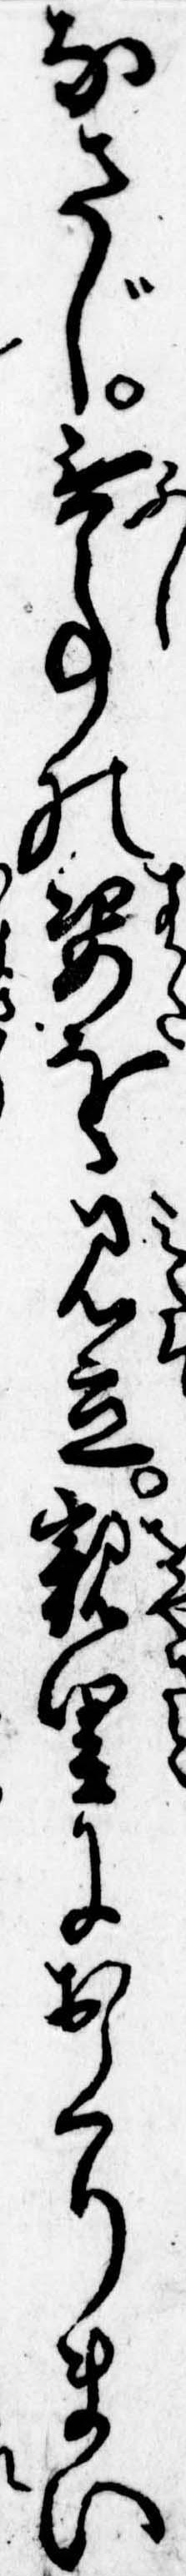
なさじ無事の姿を見立親里におくりまい